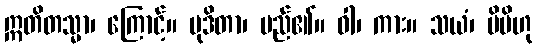
ဣတိတသ္မာ၊ ကြောင့်။ မုဒိတာ၊ မည်၏။ ဝါ၊ ကား။ သယံ၊ မိမိဟု